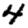
Digit: 4